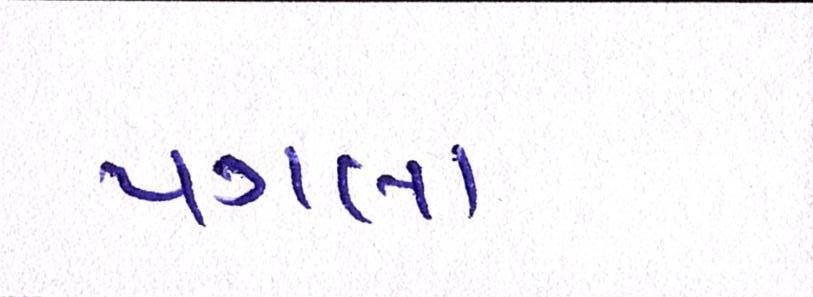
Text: પગલા